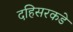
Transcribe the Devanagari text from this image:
दहिसरकडे